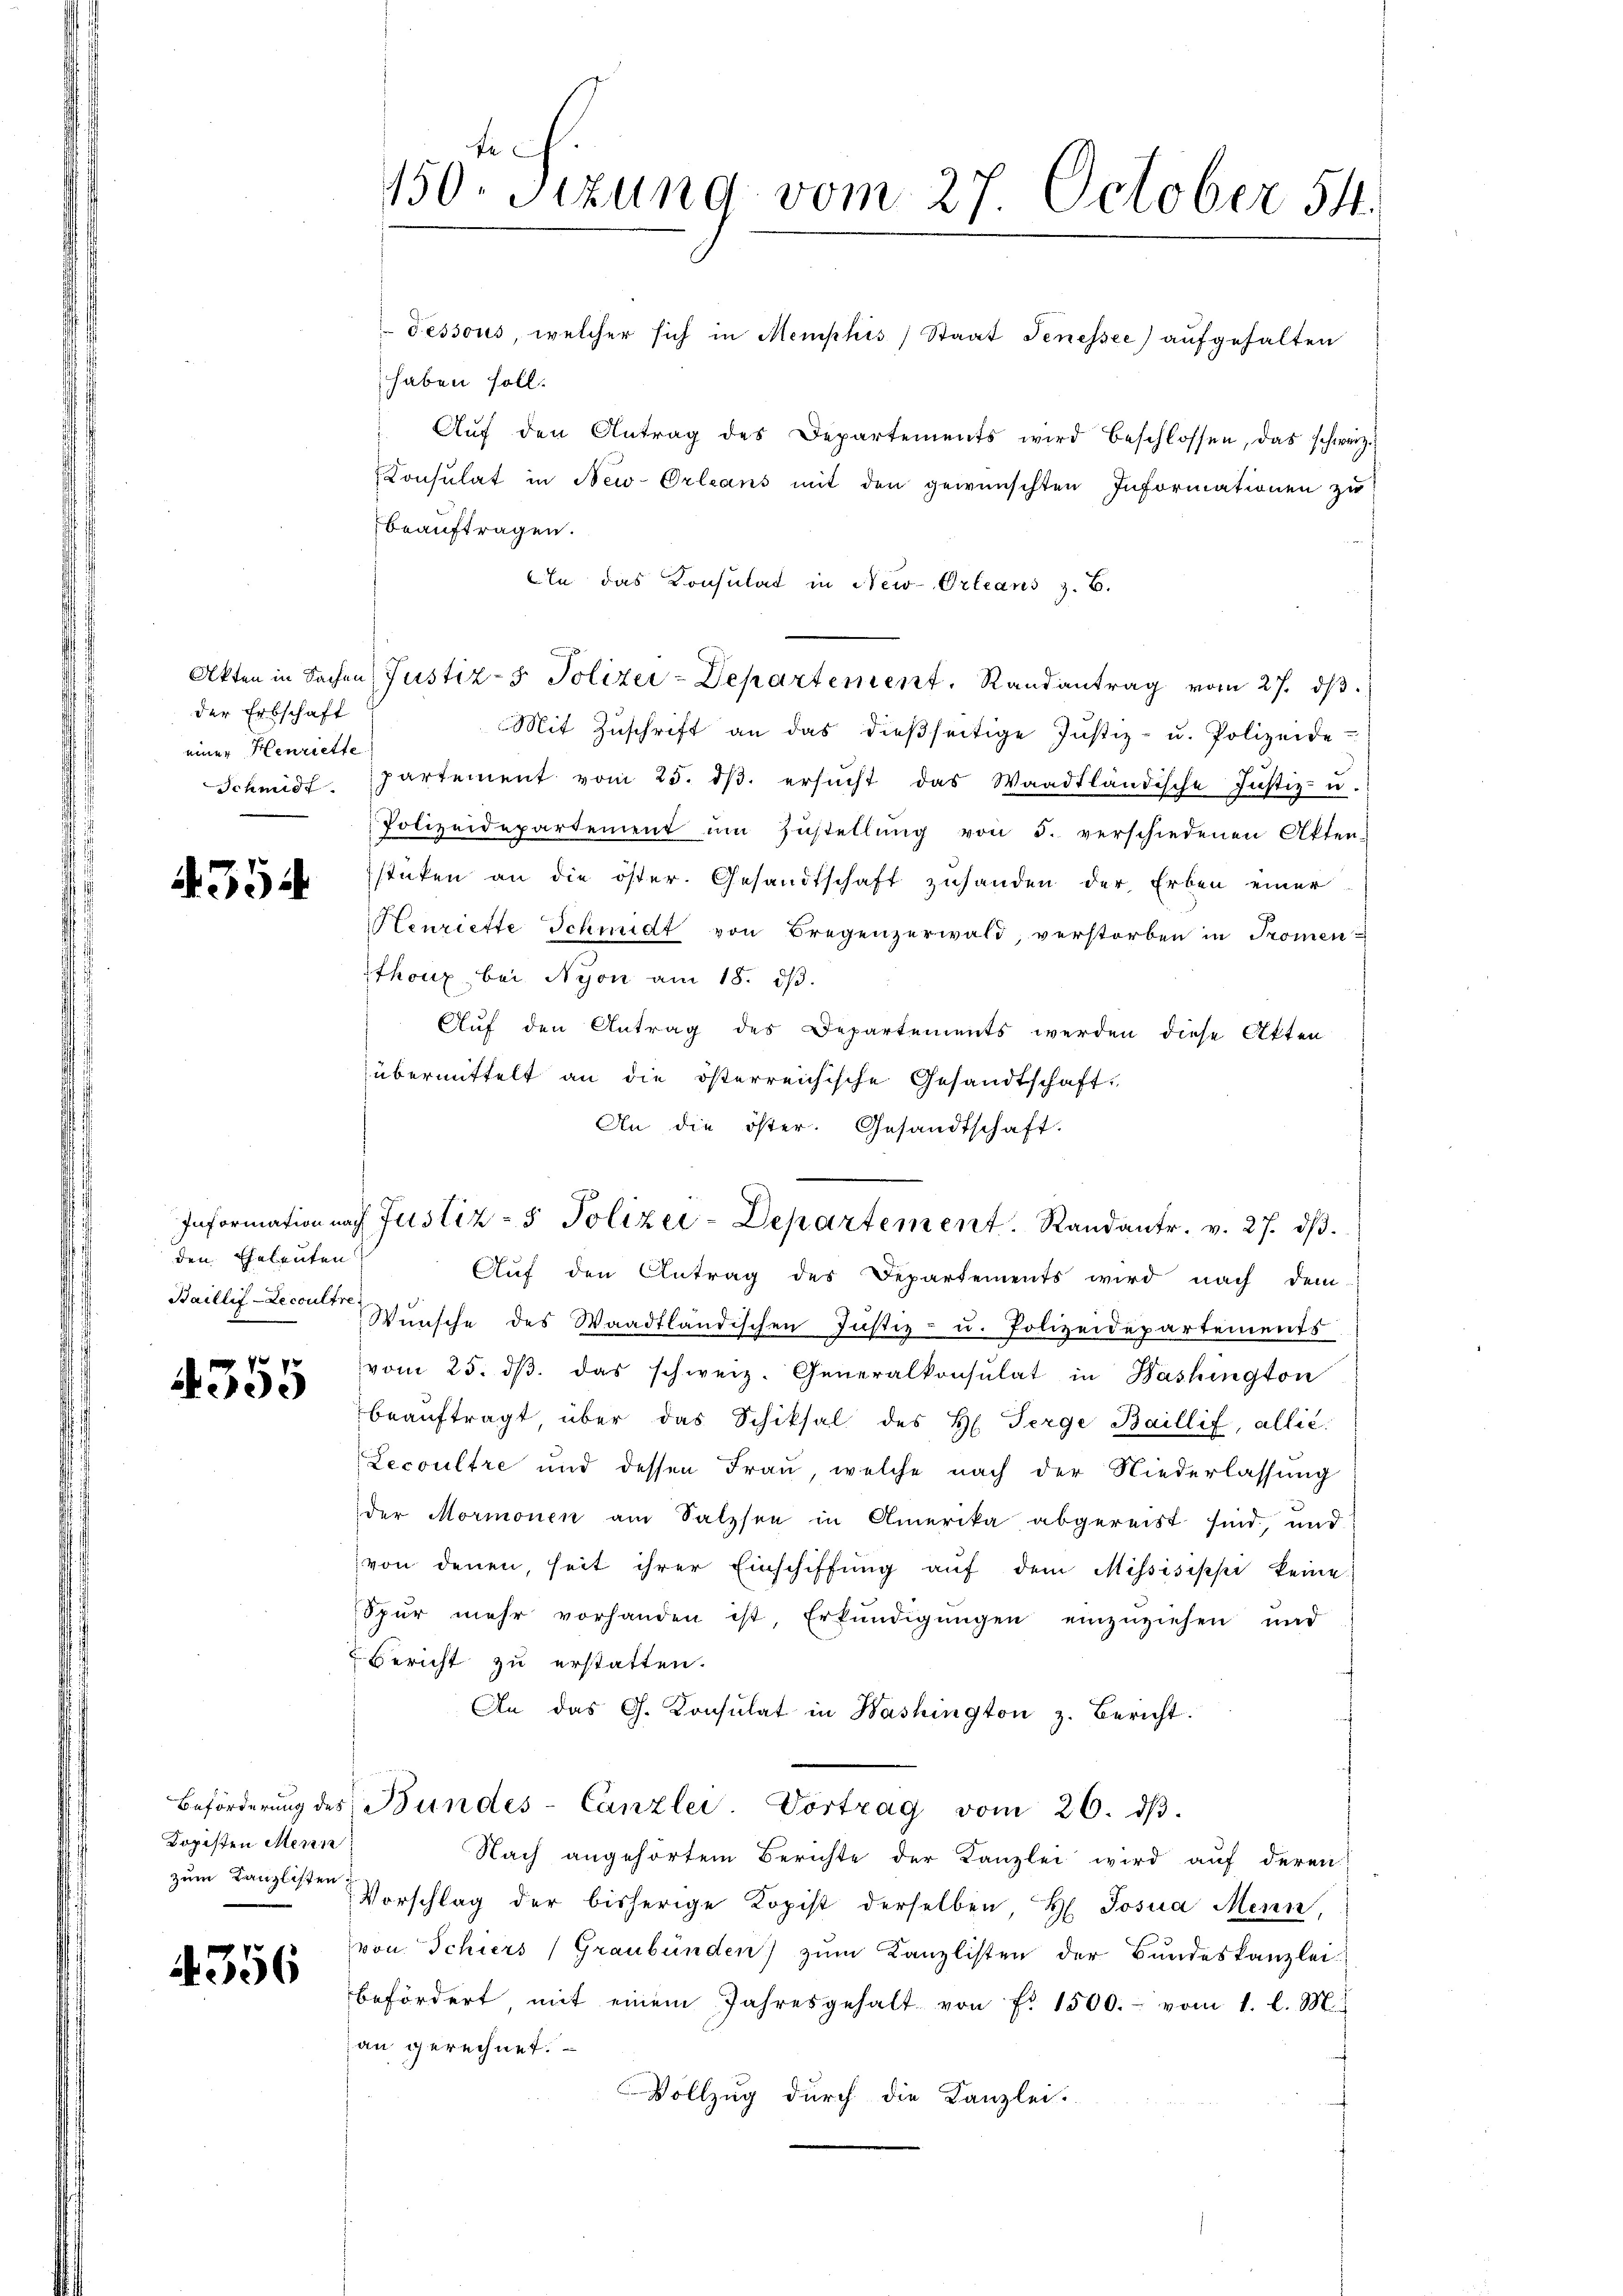
der Erbschaft
einer Henriette

4354

den Eheleuten

5

Kopisten Mein
zum Kanzlisten

4356

150. Sizung vom 27. October 54.

Pessous, welcher sich in Memphis, Staat Jenessee) aufgehalten
haben soll.
Aŭf den Antrag des Departements wird beschlossen, das schweiz.
Consulat in New-Orleans mit den gewünschten Informationen zŭ
beauftragen.
An das Konsulat in New-Orleans z. B.
Akten in Sachen Justiz- & Polizei-Departement. Randantrag vom 27. dβ.
Mit Zŭschrift an das dieβseitige Justiz- u. Polizeide
Schmidt, partement vom 25. dβ. ersŭcht das Waadtländische Justiz- u.
Polizeidepartement ŭm Zŭstellŭng von 5. verschiedenen Akten-
stüken an die öster. Gesandtschaft zuhanden der Erben einer
Henriette Schmidt von Bregenzerwald, verstorben in Promen-
Ithoux, bei Nyon am 18. dβ.
Auf den Antrag des Departements werden diese Akten
übermittelt an die österreichische Gesandtschaft,
An die öster. Gesandtschaft.
Auf den Antrag des Departements wird nach dem
Baillig-Leconte Wünsche des Waadtländischen Justiz- u. Polizeidepartements
vom 25. dβ das schweiz. Generalkonsulat in Washington
beaŭftragt über das Schiksal des H. Terge Baillif, allié
Lecoultre und dessen Frau welche nach der Niederlassung
der Mormonen am Salzsen in Amerika abgereist sind, und
von denen, heit ihrer Einschiffŭng aŭf dem Missisippi keine
Spŭr mehr vorhanden ist, Erkundigŭngen einzuziehen und
Bericht zu erstatten.
An das G. Konsulat in Washington z. Bericht.
Beförderŭng des Bundes-Canzlei. Vortrag vom 26. dβ.
Nach angehörtem Berichte der Kanzlei wird auf deren
Vorschlag der bisherige Kopist derselben H. Josua Mein,
von Schiers (Graubünden) zum Kanzlisten der Bundeskanzlei-
befördert, mit einem Jahresgehalt von Fr. 1500.- vom 1. l. M.
an gerechnet.
Vollzug durch die Kanzlei.

Information nach Justiz- & Polizei-Departement. Randantr. v. 27. dβ.